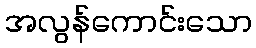
အလွန်ကောင်းသော